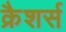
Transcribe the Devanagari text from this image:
क्रैशर्स